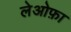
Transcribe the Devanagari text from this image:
लेओफ़ा